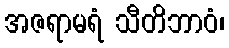
အဇရာမရံ သီတိဘာဝံ၊